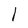
Character: l